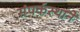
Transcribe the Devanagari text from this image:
संपर्कस्थाने